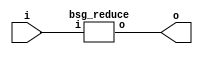


module top
(
  i,
  o
);

  input [15:0] i;
  output o;

  bsg_reduce
  wrapper
  (
    .i(i),
    .o(o)
  );


endmodule



module bsg_reduce
(
  i,
  o
);

  input [15:0] i;
  output o;
  wire o,N0,N1,N2,N3,N4,N5,N6,N7,N8,N9,N10,N11,N12,N13;
  assign o = N13 ^ i[0];
  assign N13 = N12 ^ i[1];
  assign N12 = N11 ^ i[2];
  assign N11 = N10 ^ i[3];
  assign N10 = N9 ^ i[4];
  assign N9 = N8 ^ i[5];
  assign N8 = N7 ^ i[6];
  assign N7 = N6 ^ i[7];
  assign N6 = N5 ^ i[8];
  assign N5 = N4 ^ i[9];
  assign N4 = N3 ^ i[10];
  assign N3 = N2 ^ i[11];
  assign N2 = N1 ^ i[12];
  assign N1 = N0 ^ i[13];
  assign N0 = i[15] ^ i[14];

endmodule